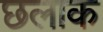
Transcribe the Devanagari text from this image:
छलाक